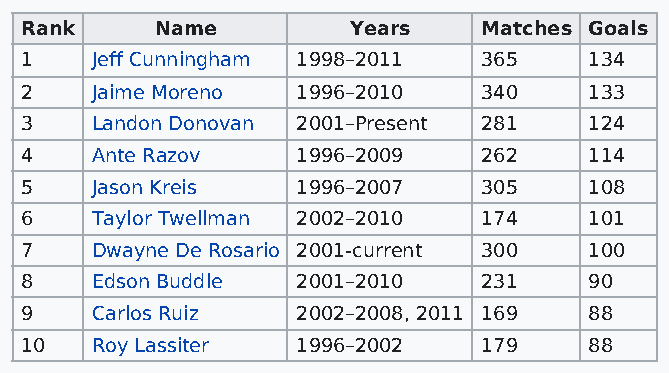
Rank     Name         Years    Matches Goals
 1    Jeff Cunningham 1998–2011 365    134
 2    Jaime Moreno  1996–2010   340    133
 3    Landon Donovan 2001–Present 281  124
 4    Ante Razov    1996–2009   262    114
 5    Jason Kreis   1996–2007   305    108
 6    Taylor Twellman 2002–2010 174    101
 7    Dwayne De Rosario 2001-current 300 100
 8    Edson Buddle  2001–2010   231    90
 9    Carlos Ruiz   2002–2008, 2011 169 88
 10   Roy Lassiter  1996–2002   179    88